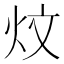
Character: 炆